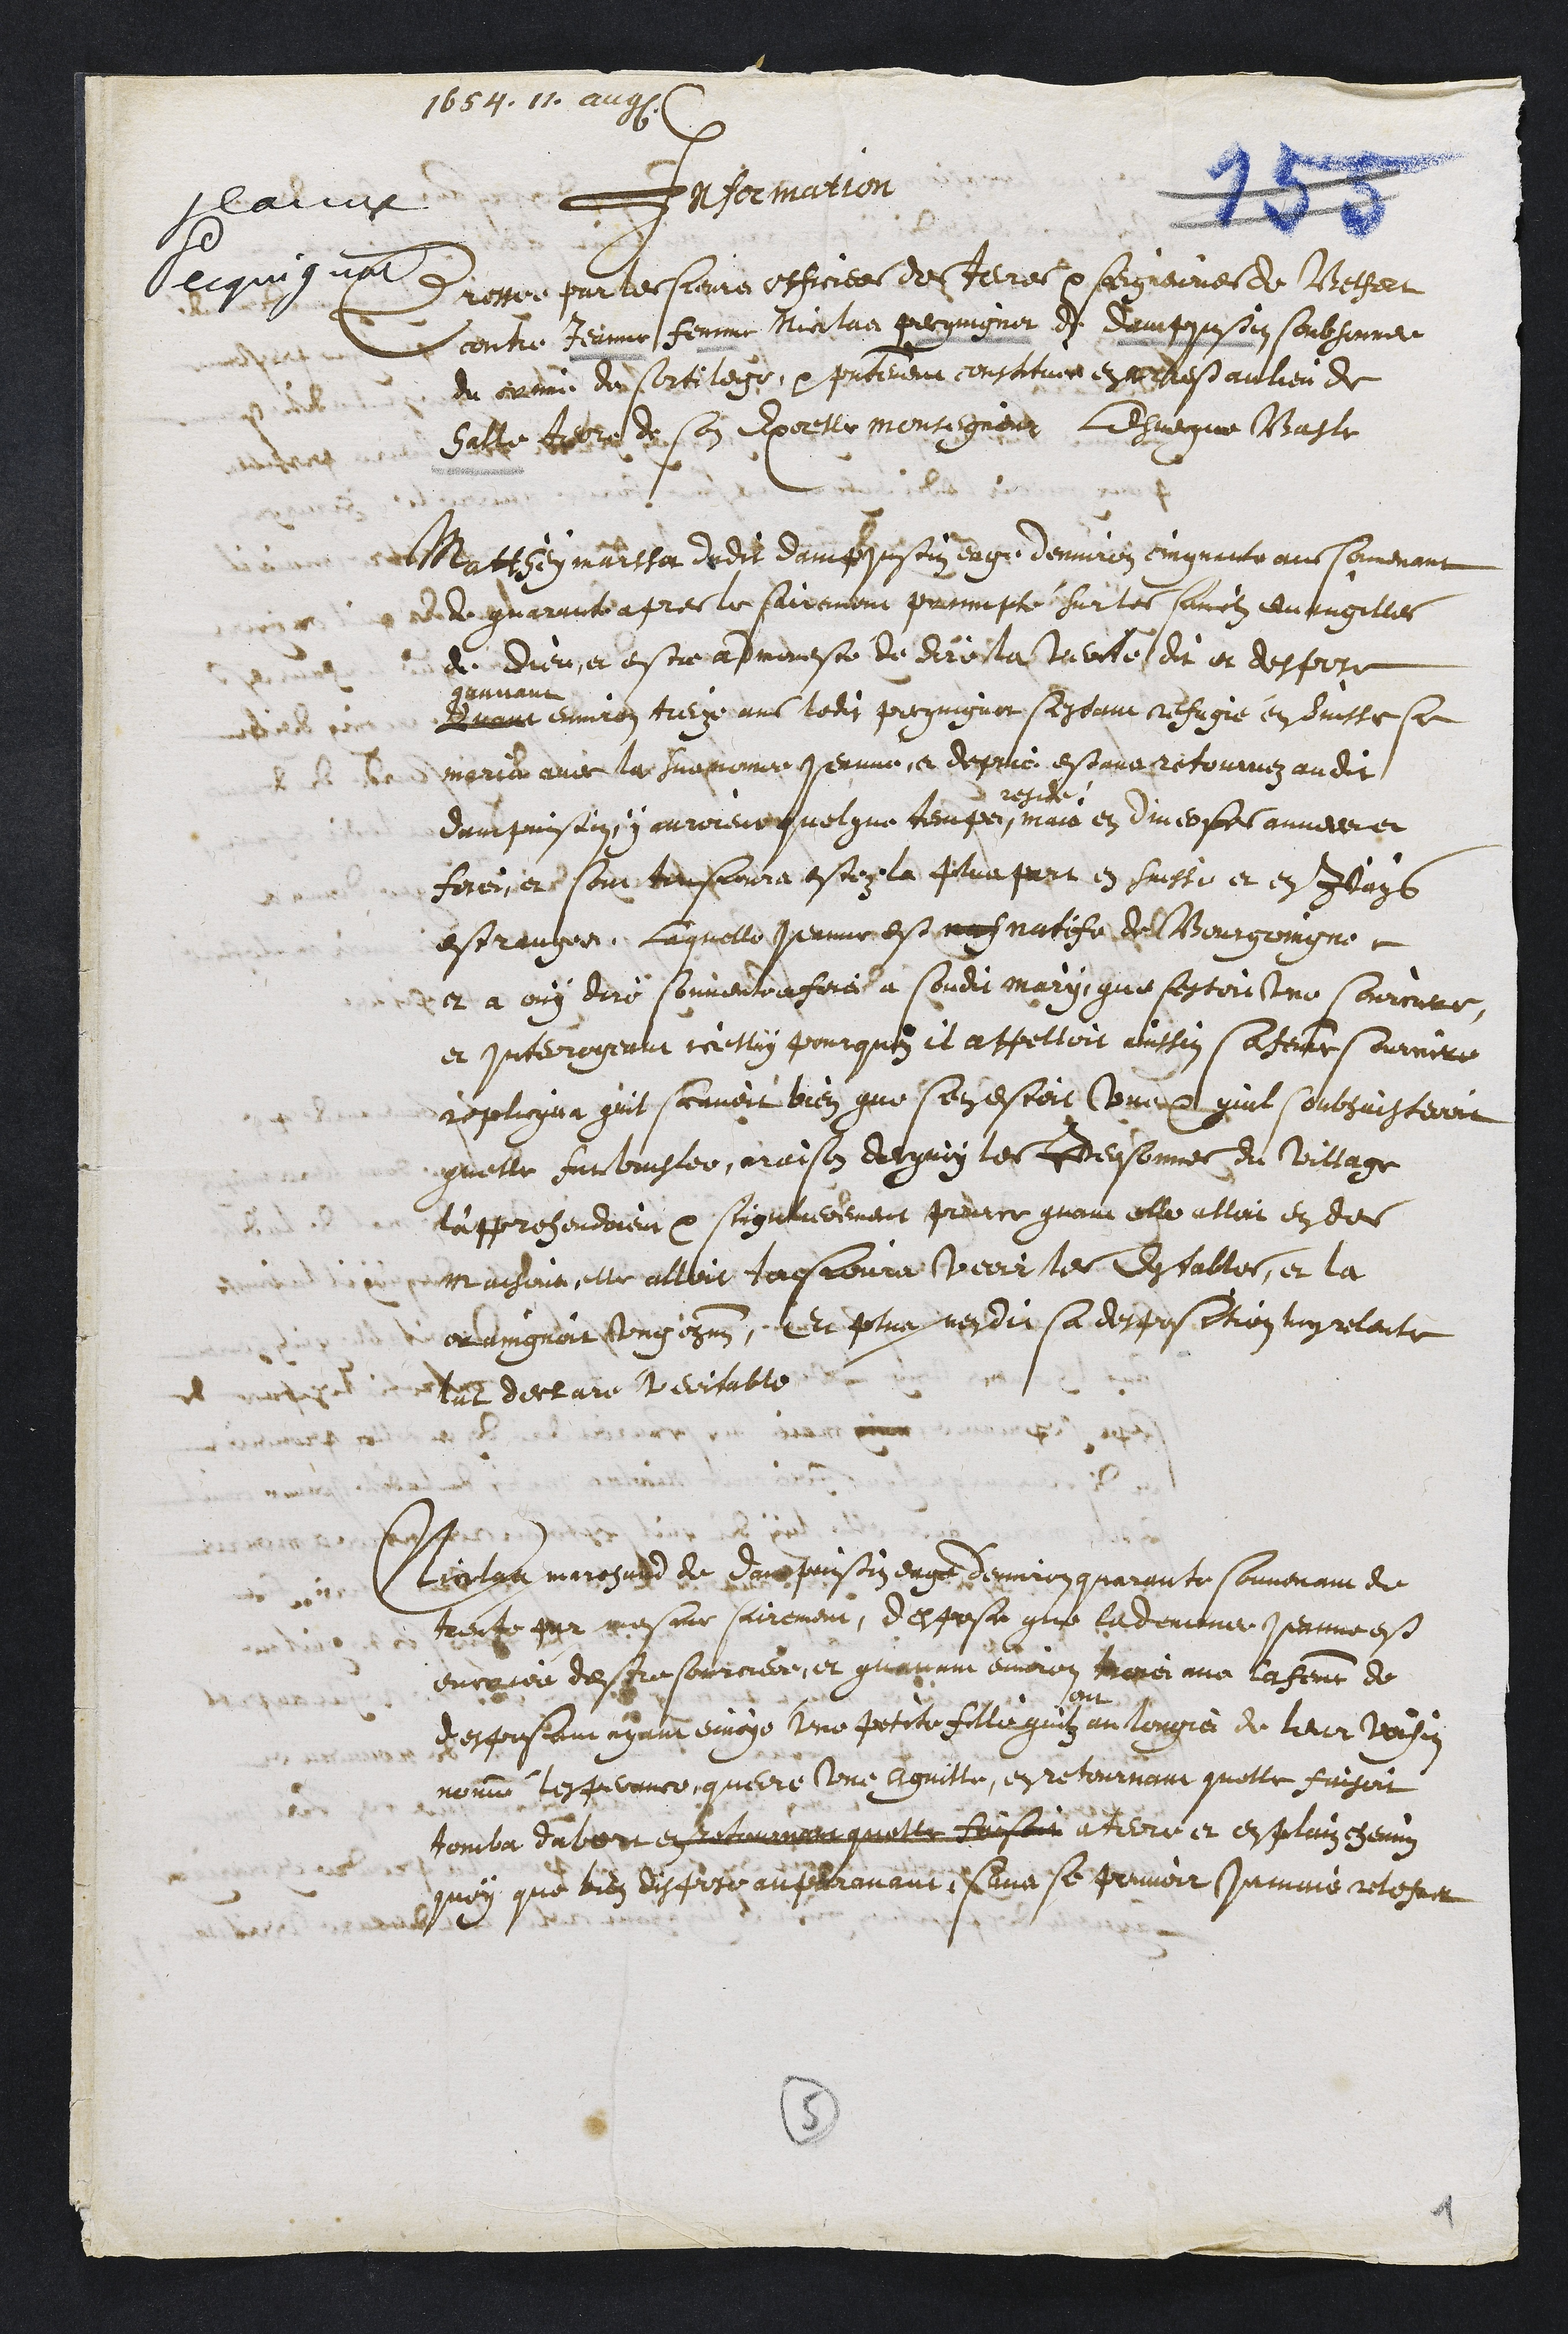
1654. 1n
lavne
Requignat
Insormation.
t resser parte sieura officiers de Terres seeguerres de Bechert
contre Jeanne femme Nicclas pecringner de damppusoin soubsonne
du crein du sortilege, ea pretenenr constituee en ades aulieu de
Satte tror de son exorter montigneur leevegue Maglr
Matthey maisse dedit Dainffinssin eagé d'enviion einquante au sorvenant
det quarant apres le fairement premipté sur les sanclz du ungilles
d Dieu, et estre admeneste de Dirocla trevte di et despore
dvane
gruvant
environ tieux ans lodit peequignor seydant refugié en duisse sa
merie avec la suinomme Jernne, et depuis estans retournez audit
dampuisoin, i auroient quelque temps
resde
mais en diveoses anneree
ferenier sont tonsouura estez la plra part en suiste et en Jays
estreuzee. Laquelle Jeanne est nas natife de Bourgoingne
et a ouy dire souventrufiré à sondit mary, que lestoit tns Courcurree
et Interrogenue icetlin pourquez il appelloit ainssin Catenat sournire
replicqua quit scavoit bien que sen estoit unex quil soubsuisteroit
quelle eurbiuster, araison dequin les Eersonnes du village
t'appresendoient at seiguierement prenrce quani elle alloit en des
maisoir elle alloit tosioura veoir tes dssables, et la
oudingnoir ung ohin. Ee plus nendit sa desposction luy reloite
tut declare t doitable
Aleglaa meregard de Daro puissin eage dennion querante souvenan de
trente par mesme sairement, desposa que tademner Jeanne est
enrorée de sie sourcie et quaram envron nonéi aua la femme de
tesposant ayan envoys une petite filli guiz au longié de leur voisin
nomm lespennce querre une Aguille, en retournant quelle faisoit
tomba dabort en tean quelle faisoit ateiré et esplain chemin
quoy que tien dis fir auperavant seva se peuvoir Jumaie retesnet